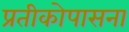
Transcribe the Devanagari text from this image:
प्रतीकोपासना